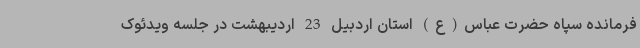
فرمانده سپاه حضرت عباس(ع) استان اردبیل 23 اردیبهشت در جلسه ویدئوک